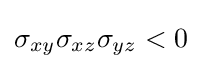
\sigma _{xy}\sigma _{xz}\sigma _{yz}<0